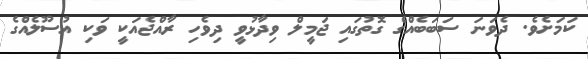
ކަމަށެވެ. ދެވަނަ ސަބަބެއްގެ ގޮތުގައި ޖަމީލް ވިދާޅުވީ ދިވެހި ރާއްޖެއަކީ ވަކި އުސޫލެއްގެ